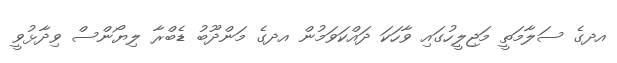
އދގެ ސަލާމަތީ މަޖިލީހުގައި ވާހަކަ ދައްކަވަމުން އދގެ މަންދޫބު ޑެބްރާ ލިޔޯންސް ވިދާޅުވީ